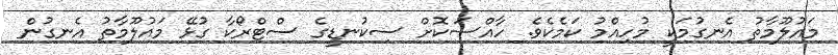
މައުލޫމާތު އެނގުމަކީ މުހިއްމު ކަމެކެވެ. ހާއްސަކޮށް ސިކުނޑީގެ ސްޓްރޯކާ ގުޅޭ މައުލޫމާތު އެނގުން